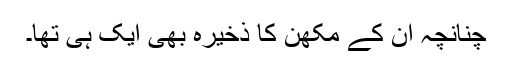
چنانچہ اُن کے مکھن کا ذخیرہ بھی ایک ہی تھا۔